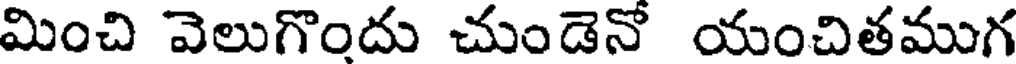
మించి వెలుగొందు చుండెనో యంచితముగ